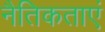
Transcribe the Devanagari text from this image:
नैतिकताएं